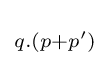
\scriptstyle {q.(p+p')\,}\!